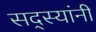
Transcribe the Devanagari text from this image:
सद्स्यांनी